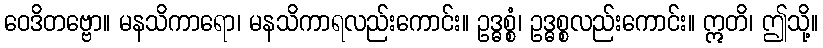
ဝေဒိတဗ္ဗော။ မနသိကာရော၊ မနသိကာရလည်းကောင်း။ ဥဒ္ဓစ္စံ၊ ဥဒ္ဓစ္စလည်းကောင်း။ ဣတိ၊ ဤသို့။